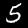
Digit: 5